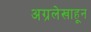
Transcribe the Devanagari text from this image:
अग्रलेखाहून